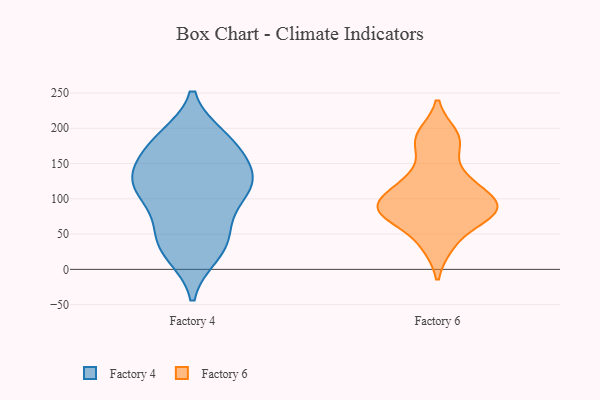
{"axis": {"x": "Population (Million)", "y": "Value"}, "legend": ["Factory 4", "Factory 6"], "data": [{"x": "", "y": 187, "type": "Factory 4"}, {"x": "", "y": 114, "type": "Factory 4"}, {"x": "", "y": 184, "type": "Factory 4"}, {"x": "", "y": 184, "type": "Factory 4"}, {"x": "", "y": 75, "type": "Factory 4"}, {"x": "", "y": 126, "type": "Factory 4"}, {"x": "", "y": 54, "type": "Factory 4"}, {"x": "", "y": 153, "type": "Factory 4"}, {"x": "", "y": 176, "type": "Factory 4"}, {"x": "", "y": 138, "type": "Factory 4"}, {"x": "", "y": 112, "type": "Factory 4"}, {"x": "", "y": 21, "type": "Factory 4"}, {"x": "", "y": 22, "type": "Factory 4"}, {"x": "", "y": 119, "type": "Factory 4"}, {"x": "", "y": 47, "type": "Factory 4"}, {"x": "", "y": 149, "type": "Factory 4"}, {"x": "", "y": 37, "type": "Factory 4"}, {"x": "", "y": 116, "type": "Factory 4"}, {"x": "", "y": 109, "type": "Factory 4"}, {"x": "", "y": 177, "type": "Factory 6"}, {"x": "", "y": 34, "type": "Factory 6"}, {"x": "", "y": 130, "type": "Factory 6"}, {"x": "", "y": 191, "type": "Factory 6"}, {"x": "", "y": 71, "type": "Factory 6"}, {"x": "", "y": 90, "type": "Factory 6"}, {"x": "", "y": 94, "type": "Factory 6"}, {"x": "", "y": 118, "type": "Factory 6"}, {"x": "", "y": 85, "type": "Factory 6"}, {"x": "", "y": 81, "type": "Factory 6"}]}